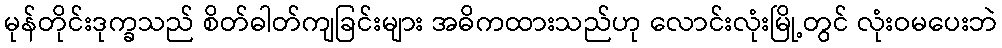
မုန်တိုင်းဒုက္ခသည် စိတ်ဓါတ်ကျခြင်းများ အဓိကထားသည်ဟု လောင်းလုံးမြို့တွင် လုံးဝမပေးဘဲ